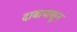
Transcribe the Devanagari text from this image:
दाबापासून